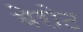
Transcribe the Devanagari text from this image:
बेरोट